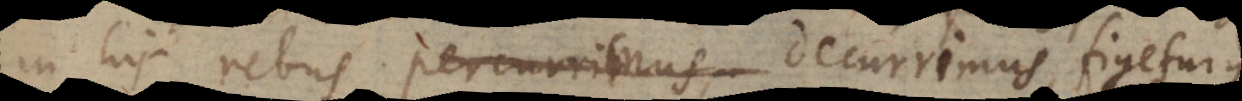
in his rebus percurrimus decurrimus, figeturque